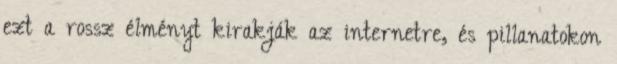
ezt a rossz élményt kirakják az internetre, és pillanatokon